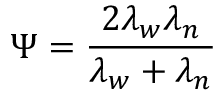
\Psi = \frac { 2 \lambda _ { w } \lambda _ { n } } { \lambda _ { w } + \lambda _ { n } }